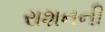
રાશનની